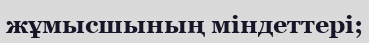
жұмысшының міндеттері;